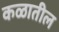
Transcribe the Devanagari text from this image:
कळातील